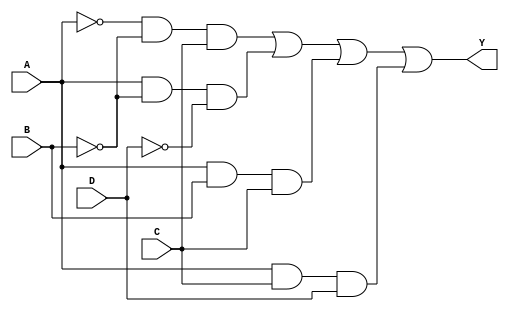
module combinational_logic_block (
    input wire A,      // Input variable A
    input wire B,      // Input variable B
    input wire C,      // Input variable C
    input wire D,      // Input variable D
    output wire Y      // Output variable Y
);

// Intermediate signals for minimized logic
wire notA, notB, notC, notD;
wire term1, term2, term3, term4;

// Inverting inputs
not (notA, A);
not (notB, B);
not (notC, C);
not (notD, D);

// Minimized logic expression derived from K-map and Quine-McCluskey
// Example: Y = A'B'C + AB'D' + ABC + ACD
assign term1 = notA & notB & C;   // A'B'C
assign term2 = A & notB & notD;    // AB'D'
assign term3 = A & B & C;          // ABC
assign term4 = A & C & D;          // ACD

// Final output Y
assign Y = term1 | term2 | term3 | term4; // ORing all terms

endmodule